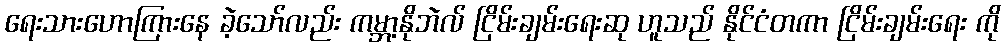
ရေးသားဟောကြားနေ ခဲ့သော်လည်း ကမ္ဘာ့နိုဘဲလ် ငြိမ်းချမ်းရေးဆု ဟူသည် နိုင်ငံတကာ ငြိမ်းချမ်းရေး ကို